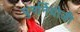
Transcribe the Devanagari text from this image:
पुनर्नियोजी